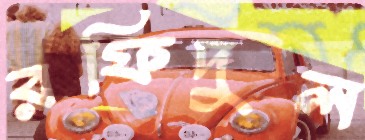
রফিদুল